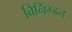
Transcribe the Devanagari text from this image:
विनिंग्डन